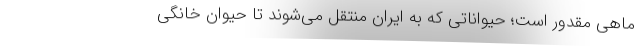
ماهی مقدور است؛ حیواناتی که به ایران منتقل می‌شوند تا حیوان خانگیِ